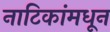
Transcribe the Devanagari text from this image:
नाटिकांमधून